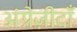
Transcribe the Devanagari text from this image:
अंग्रेज़ीदाँ